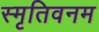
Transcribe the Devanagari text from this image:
स्मृतिवनम